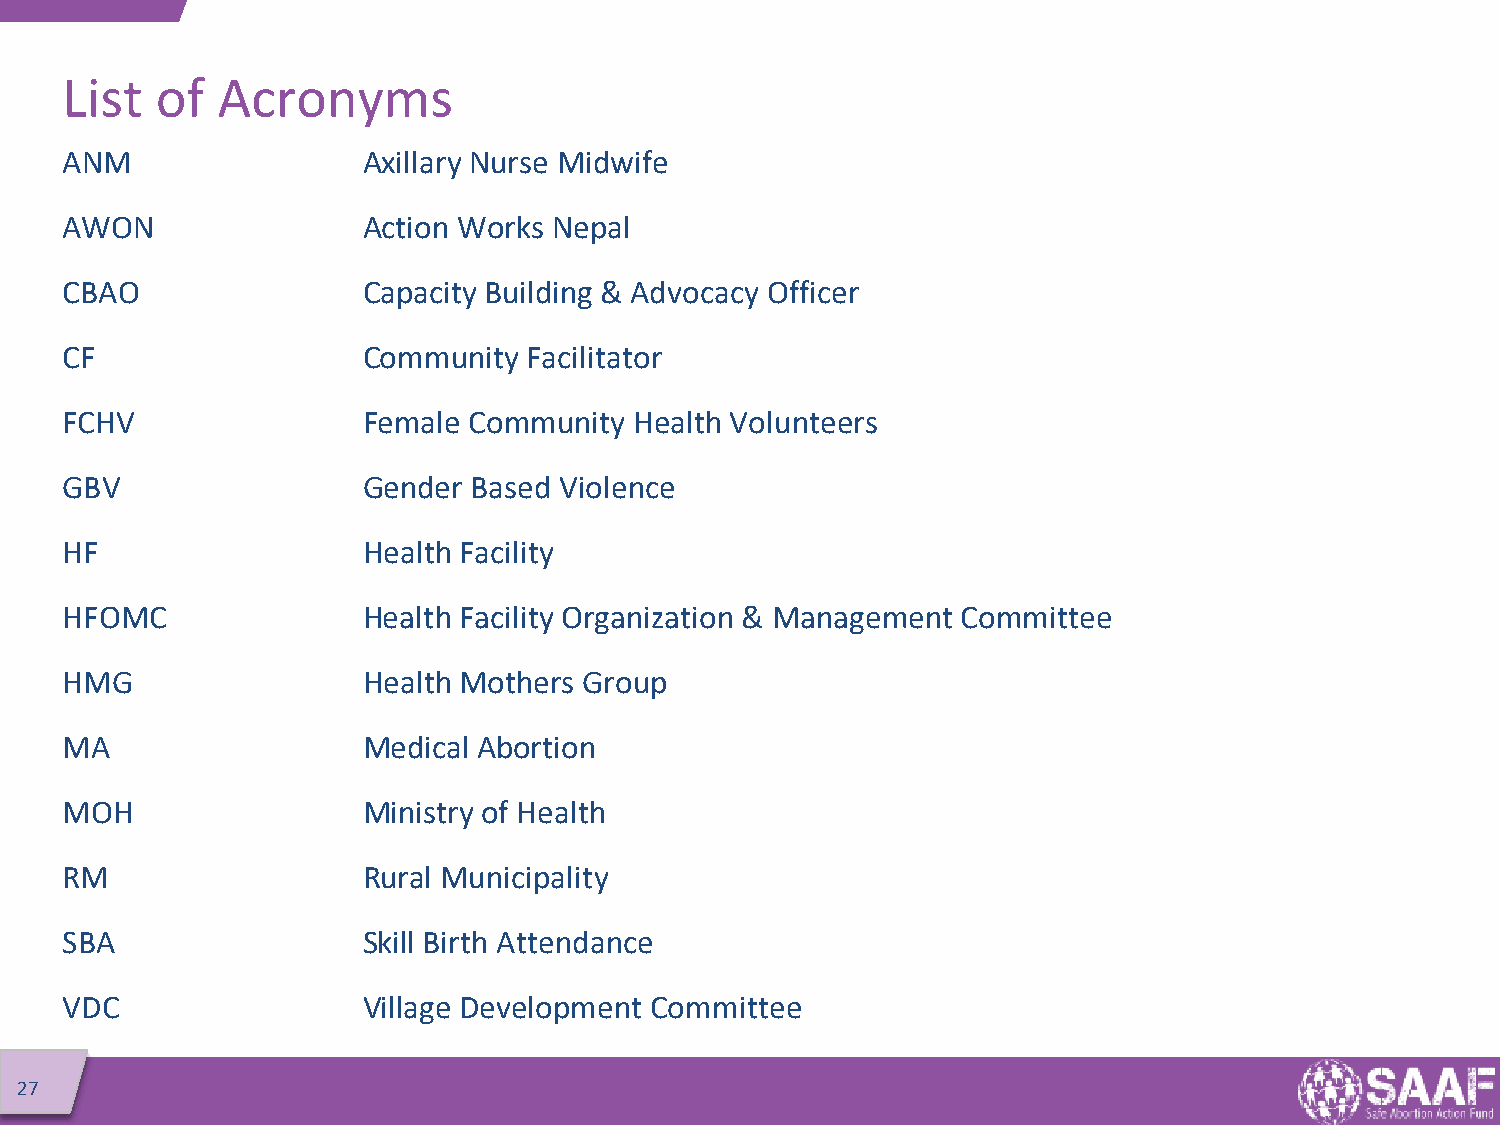
List  of  Acronyms
 ANM                 Axillary Nurse Midwife
 AWON                Action Works Nepal
 CBAO                Capacity Building & Advocacy Officer
 CF                  Community  Facilitator
 FCHV                Female Community  Health Volunteers
 GBV                 Gender Based Violence
 HF                  Health Facility
 HFOMC               Health Facility Organization & Management Committee
 HMG                 Health Mothers Group
 MA                  Medical Abortion
 MOH                 Ministry of Health
 RM                  Rural Municipality
 SBA                 Skill Birth Attendance
 VDC                 Village Development Committee
 27